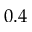
0 . 4